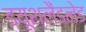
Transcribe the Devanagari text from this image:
ड्यूश्लैंडलेड